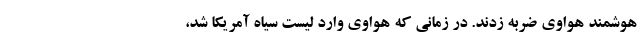
هوشمند هواوی ضربه زدند. در زمانی که هواوی وارد لیست سیاه آمریکا شد،